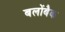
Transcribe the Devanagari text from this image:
बलोंबैक